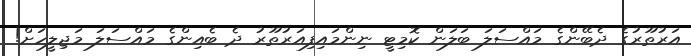
އަރުތޫރުގެ ދެބޭންގެ މައްސަލަ ބަލަން ކޮމިޓީ ނިންމައިފިއަރުތޫރު ދެ ބެއިންގެ މައްސަލަ މަޖިލީހަށް!